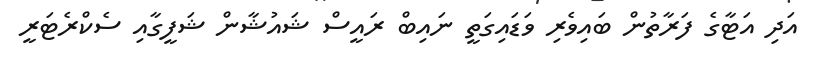
އަދި އަޓާގެ ފަރާތުން ބައިވެރި ވަޑައިގަތީ ނައިބް ރައީސް ޝައުޝާން ޝަފީގާއި ސެކްރެޓަރީ